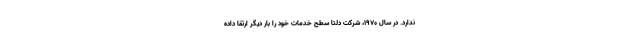
ندارد. در سال 1970، شرکت دلتا سطح خدمات خود را بار دیگر ارتقا داده